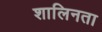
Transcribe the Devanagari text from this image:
शालिनता